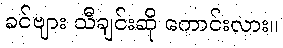
ခင်ဗျား သီချင်းဆို ကောင်းလား။